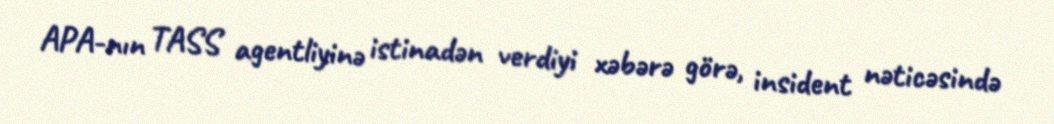
APA-nın TASS agentliyinə istinadən verdiyi xəbərə görə, insident nəticəsində